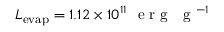
L _ { \mathrm { e v a p } } = 1 . 1 2 \times 1 0 ^ { 1 1 } ~ \mathrm { ~ e ~ r ~ g ~ ~ ~ g ~ } ^ { - 1 }